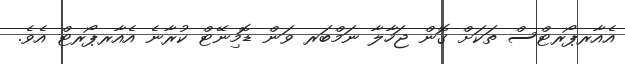
އެއާރޕޯރޓްްސް ތަކަށް ގޮން ޖަހާލާ ނަމްބަރ ވަން ޑޮމިނޭޓް ކުރާނެ އެއާރޕޯރޓް އެވެ.